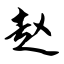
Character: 赵